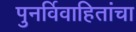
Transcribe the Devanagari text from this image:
पुनर्विवाहितांचा